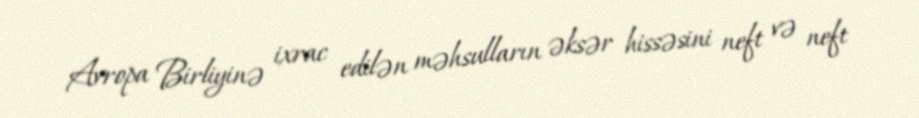
Avropa Birliyinə ixrac edilən məhsulların əksər hissəsini neft və neft